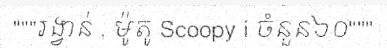
"""រង្វាន់ , ម៉ូតូ Scoopy i ចំនួន៦០"""